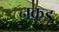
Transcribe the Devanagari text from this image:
नकड